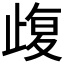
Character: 𣦇